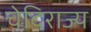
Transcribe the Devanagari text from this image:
चेदिराज्य